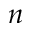
n